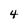
Character: 4